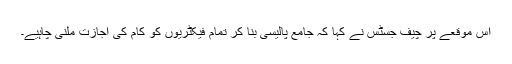
اس موقعے پر چیف جسٹس نے کہا کہ جامع پالیسی بنا کر تمام فیکٹریوں کو کام کی اجازت ملنی چاہیے۔